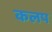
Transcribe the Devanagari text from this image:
कलप